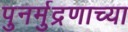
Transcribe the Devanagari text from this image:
पुनर्मुद्रणाच्या